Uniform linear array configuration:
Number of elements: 24
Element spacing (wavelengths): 0.25
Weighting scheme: exponential
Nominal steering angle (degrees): -15
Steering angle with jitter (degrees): -14.73
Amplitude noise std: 0.05
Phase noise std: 0.05

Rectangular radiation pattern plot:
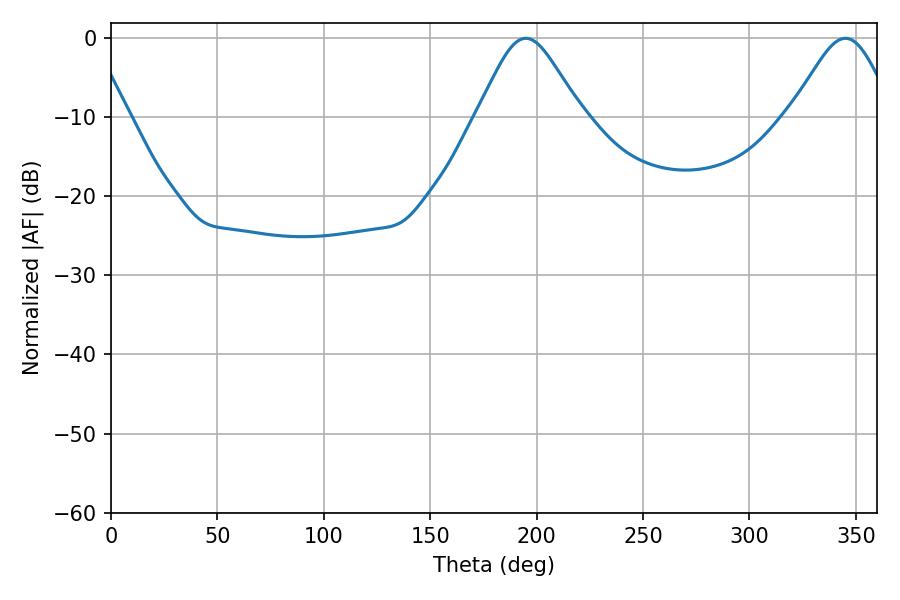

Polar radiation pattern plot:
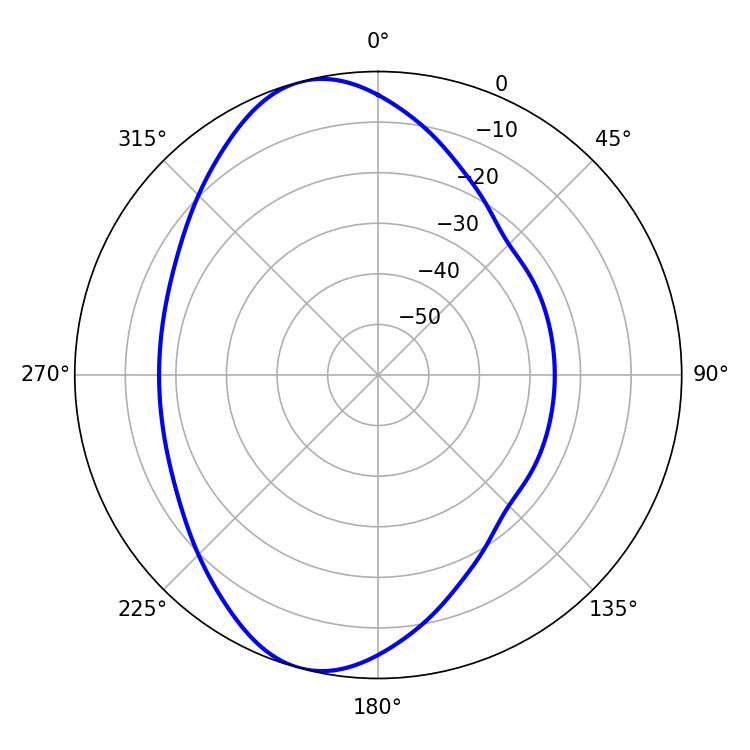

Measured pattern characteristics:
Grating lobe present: FALSE
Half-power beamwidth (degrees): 23.94
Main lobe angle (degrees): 194.94